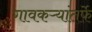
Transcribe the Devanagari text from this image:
गावकऱ्यांतर्फे